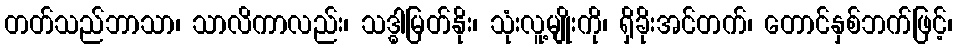
တတ်သည်ဘာသာ၊ သာလိကာလည်း၊ သဒ္ဓါမြတ်နိုး၊ သုံးလူ့မျိုးကို၊ ရှိခိုးအင်တက်၊ တောင်နှစ်ဘက်ဖြင့်၊